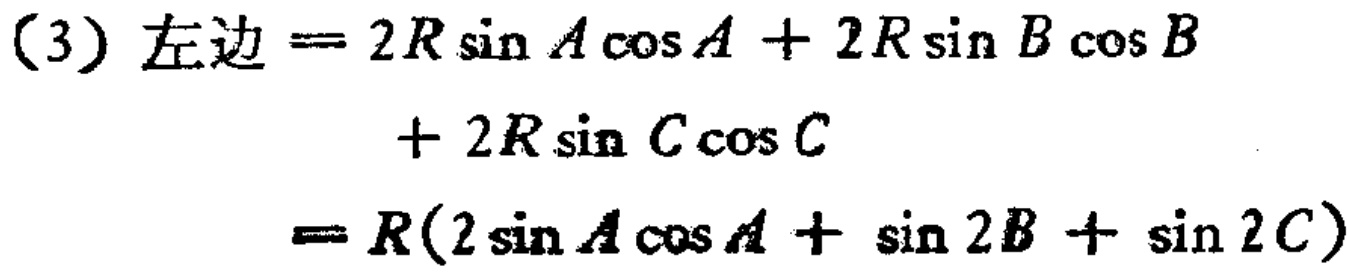
\[
\begin{align*}
(3)\text{左边}&= 2R\sin A\cos A + 2R\sin B\cos B\\
&+ 2R\sin C\cos C\\
&=R(2\sin A\cos A+\sin 2B+\sin 2C)
\end{align*}
\]